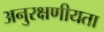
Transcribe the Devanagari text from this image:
अनुरक्षणीयता